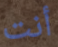
أنت